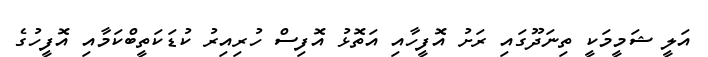
އަލީ ޝަމީމަކީ ތިނަދޫގައި ރަށު އޮފީހާއި އަތޮޅު އޮފިސް ހުރިއިރު ކުޑަކަތީބްކަމާއި އޮފީހުގެ